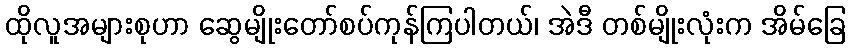
ထိုလူအများစုဟာ ဆွေမျိုးတော်စပ်ကုန်ကြပါတယ်၊ အဲဒီ တစ်မျိုးလုံးက အိမ်ခြေ